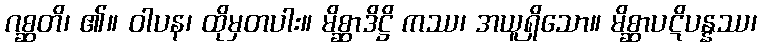
ဂစ္ဆတိ၊ ၏။ ဝါပန၊ ထိုမှတပါး။ မိစ္ဆာဒိဋ္ဌိ ကဿ၊ အယူရှိသော။ မိစ္ဆာပဋိပန္နဿ၊